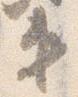
第